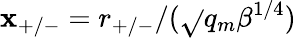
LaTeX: \mathbf{x}_{+/-}=r_{+/-}/(\sqrt{}{{q_{m}}}\beta^{1/4})